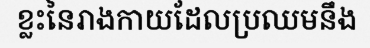
ខ្លះនៃរាងកាយដែលប្រឈមនឹង